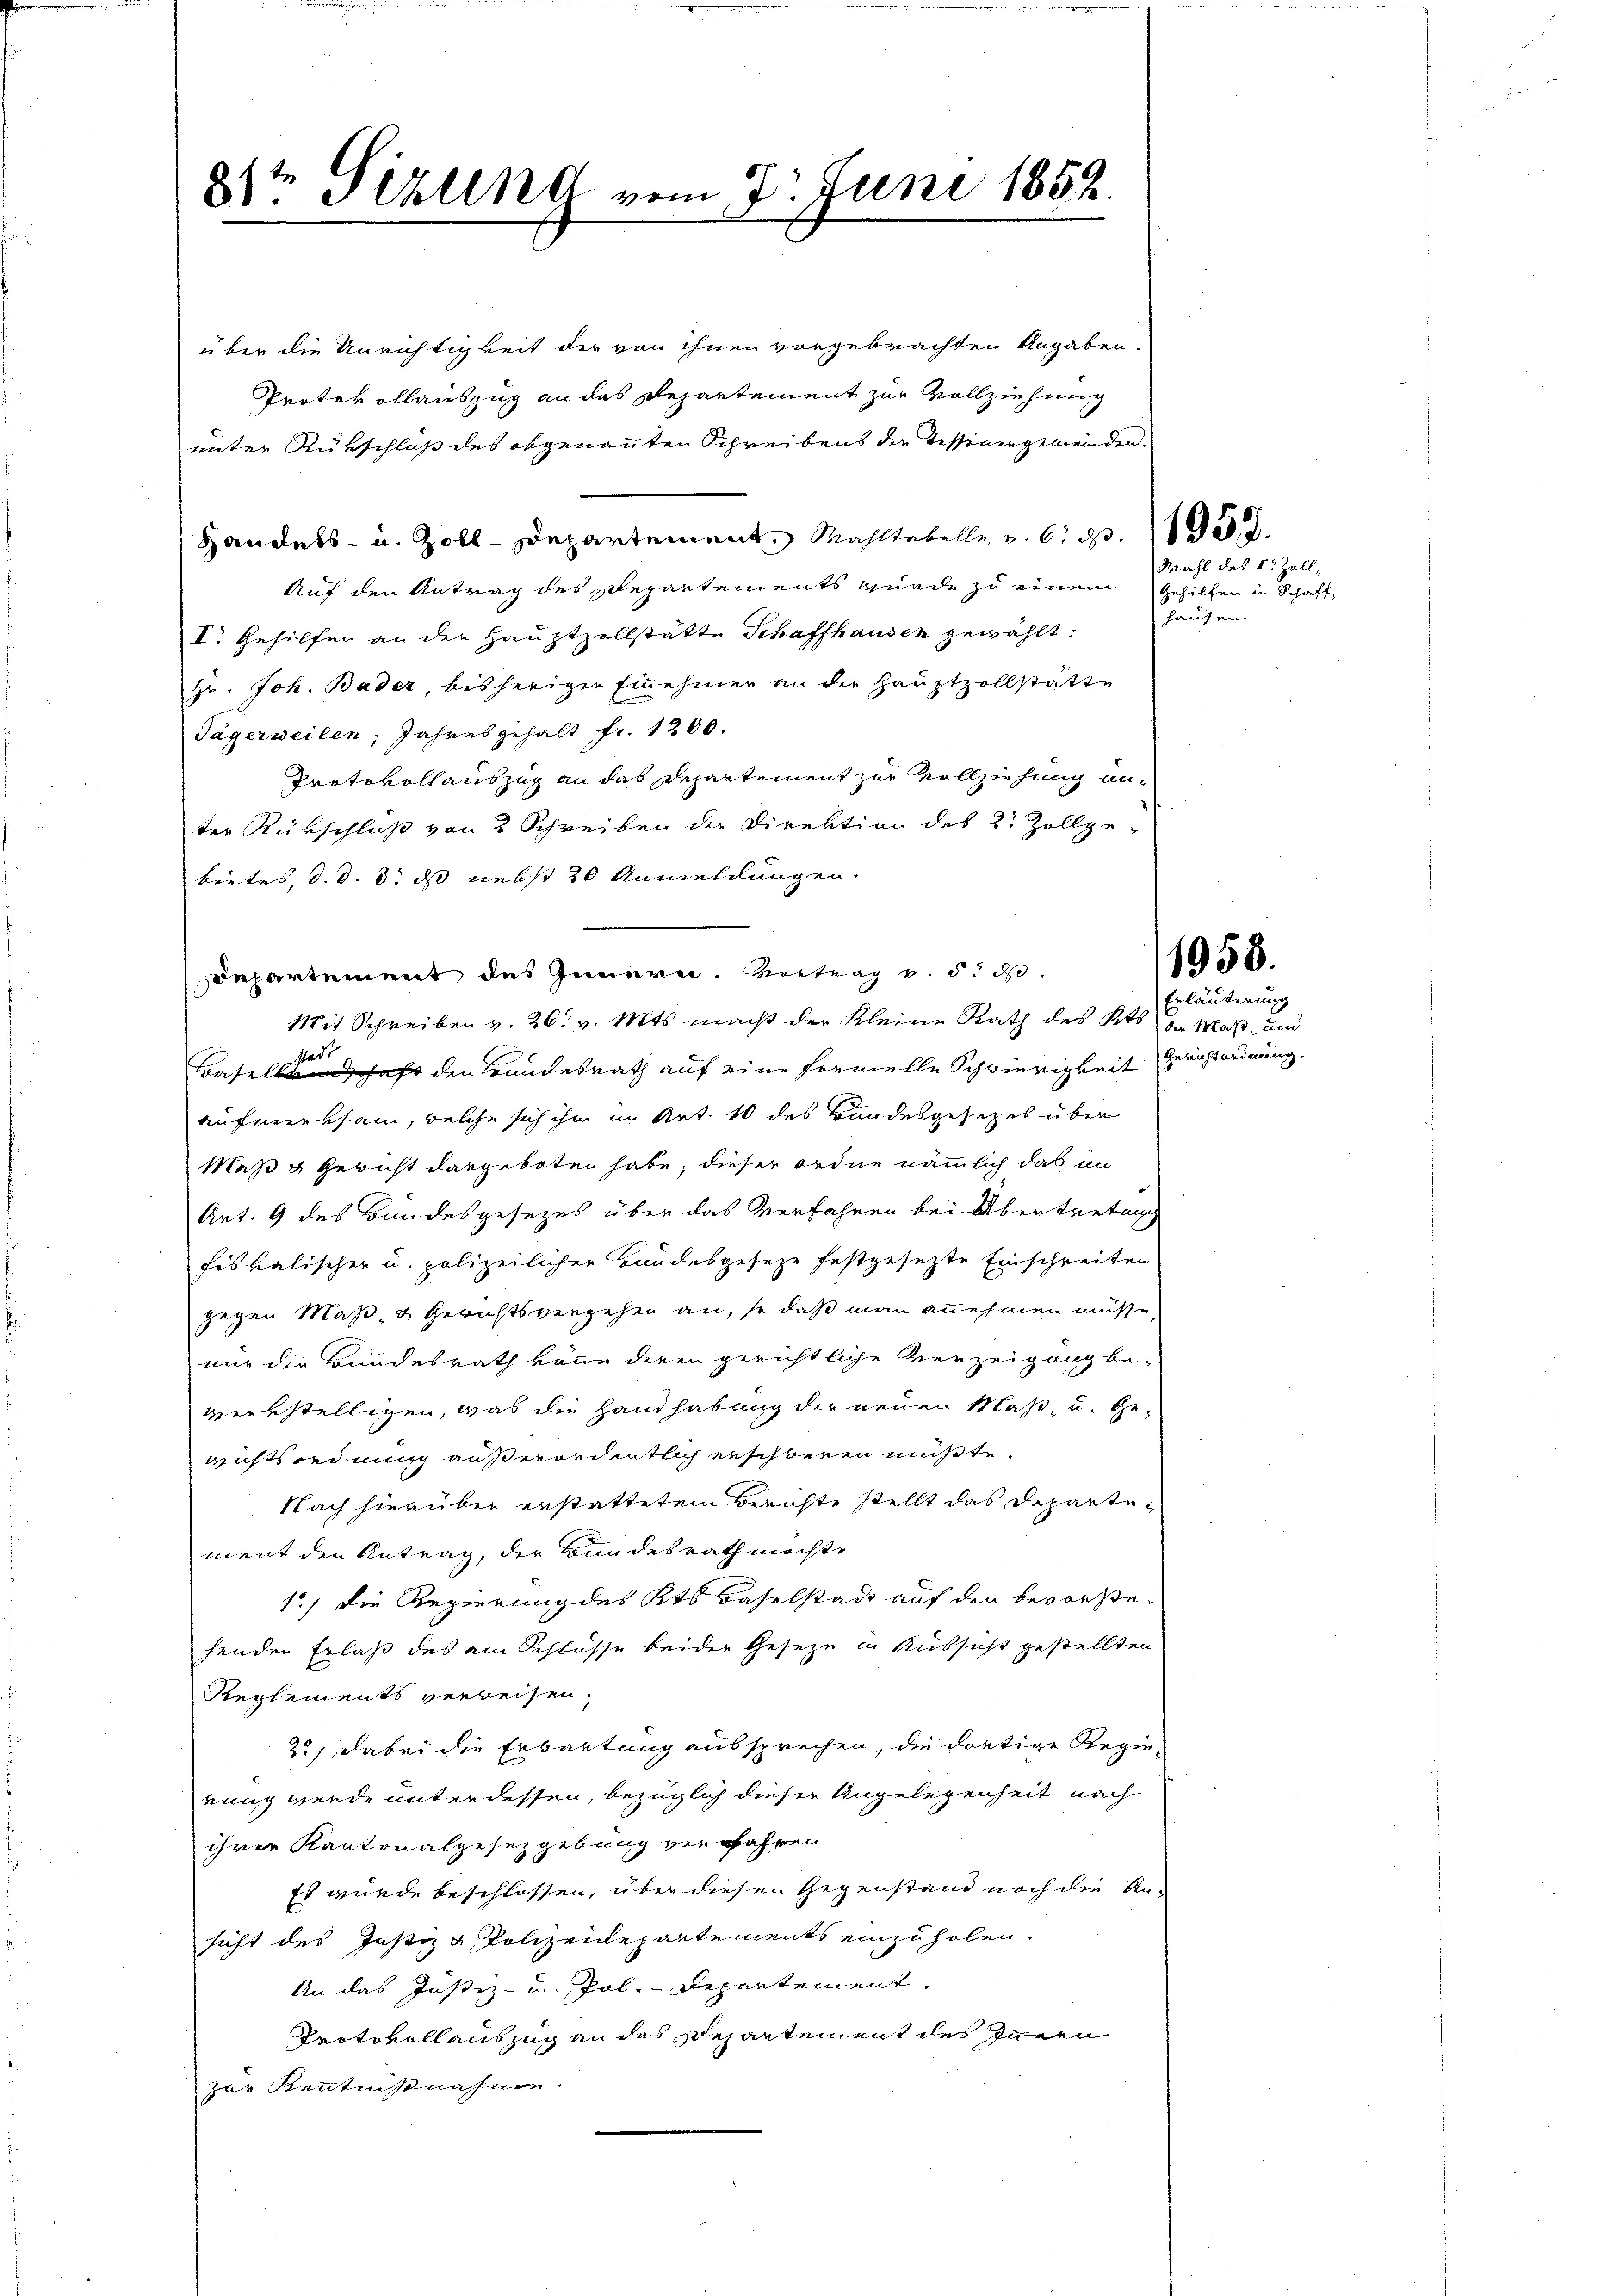
2ste Pizllnd vom 7. Juni 1852.

über die Unrichtigkeit der von ihnen vorgebrachten Angaben.
Protokollauszug an das Departement zur Vollziehung
unter Rükschluß des obgenannten Schreibens der Tessiner gemeinden.
Handels- u. Zoll-Departement, Mahltebelle v. 6. d. 158.
Auf den Antrag des Repartements wurde zu einem
V. Gehilfen an der Hauptzollstätte Schaffhausen gewählt:
gr. Joh. Bader, bisheriger Einehmer an der Hauptzollstätte
Jägerweilen, Jahresgehalt fr. 1200.
Protokoll auszug an das Departement zur Vollziehung anter Rückschluß von 2 Schreiben der Direktion des 2. Zollge-
bietes, d. d. 3. dass nebst 20 Anmeldungen.
Departement des Innern. Vortrag v. 5. d.
Mit Schreiben v. 26. v. Mts. macht der Kleine Rath des Kts. der Maß- und
stadt
Basellandschaft den Brandesrath auf eine Formelle Schwierigkeit Gerichtordnung.
aufmerksam, welche sich ihm im Art. 10 des Bundesgesetzes über
Maß & Gewicht dargeboten habe, dieser ordne nämmlich das an
Art. 9 des Bundesgesezes über das Verfahren bei Übertretung
fiskalischer u. polizeilicher Bandesgeseze festgesezte Einschreiten
gegen Maß- & Gerichtsvergehen an, so daß man annehmen müsse
nur die Bundesrath könne deren gerichtliche Verzeigung be-
verkstelligen, was die Handhabung der neuen Maß- u. Ge-
wichtsordnung außerordentlich erschberen müßte.
Nach hierüber erstattetem Berichte stellt das Departement den Antrag, der Bundesrath möchte
1.) Die Regierung des Kts Baselstadt auf den bevorste-
henden Erlaß des ein Schlüsse beider Geseze in Aussicht gestellten
Reglements verweisen,
2.) Dabei die Erbautung aussprechen, die dortige Regienung wurde unter dessen, bezüglich dieser Angelegenheit nach
ihrer Kantonalgesetzgebung verfahren
Es wurde beschlossen, über diesen Gegenstand noch die Ansicht des Justiz & Polizeidepartements einzuholen.
An das Justiz- u. Pol.-Departement,
Protokollauszug an das Repartement des Innern
zur Kenntnißnahme.

Mahl des I. Zoll,
Gehilfen in Schaff,

hausen.

1958.

Erläuterung